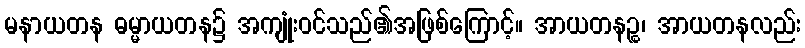
မနာယတန ဓမ္မာယတန၌ အကျုံးဝင်သည်၏အဖြစ်ကြောင့်။ အာယတနဉ္စ၊ အာယတနလည်း